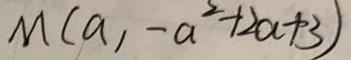
M ( a , - a ^ { 2 } + 2 a + 3 )